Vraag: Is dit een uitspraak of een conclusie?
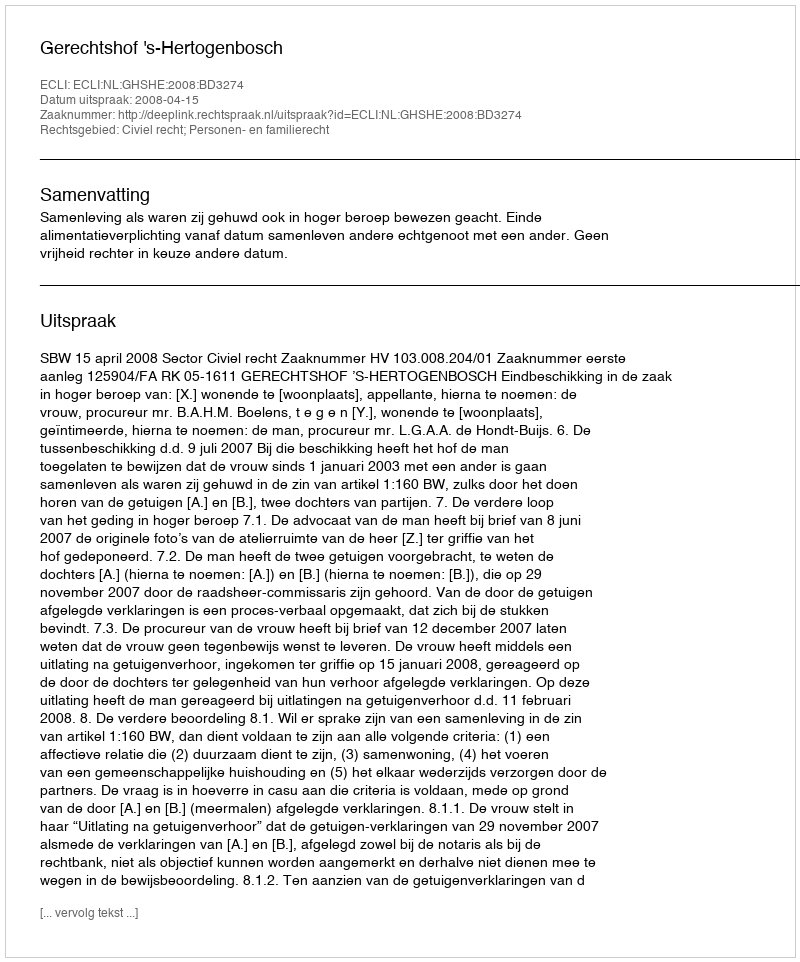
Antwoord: Uitspraak